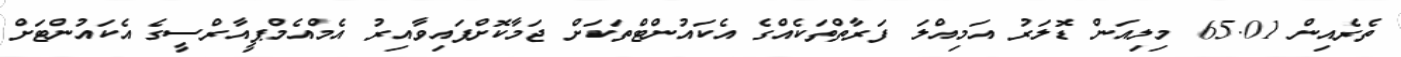
ތެރެއިން 65.01 މިލިއަން ޑޮލަރު އަމިއްލަ ފަރާތްތަކެއްގެ އެކައުންޓްތަކަށް ޖަމާކޮށްފައިވާއިރު އެމްއެމްޕީއާރްސީގެ އެކައުންޓަށް